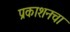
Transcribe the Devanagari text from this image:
प्रकाशनचा